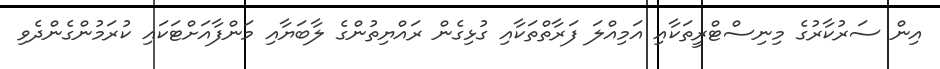
އިން ސަރުކާރުގެ މިނިސްޓްރީތަކާއި އަމިއްލަ ފަރާތްތަކާއި ގުޅިގެން ރައްޔިތުންގެ ލާބަޔާއި މަންފާއަށްޓަކައި ކުރަމުންގެންދެވި